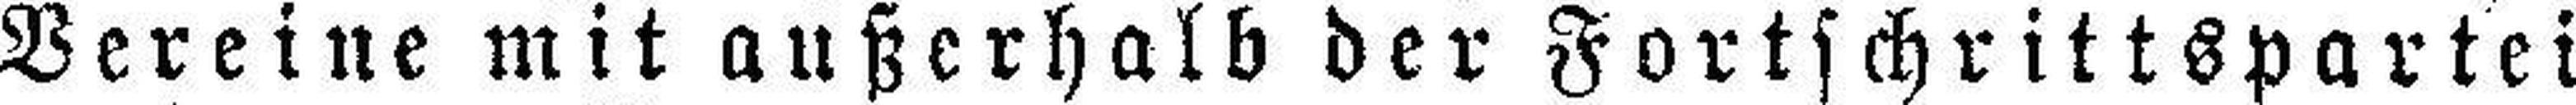
Vereine mit außerhalb der Fortschrittspartei